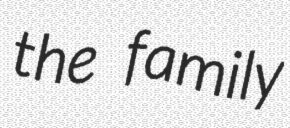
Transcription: the family